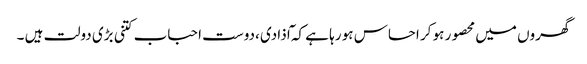
گھروں میں محصور ہو کر احساس ہو رہا ہے کہ ٓاذادی ،دوست احباب کتنی بڑی دولت ہیں ۔